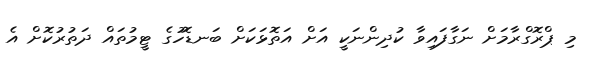
މި ޕްރޮގްރާމަށް ނަގާފައިވާ ކުދިންނަކީ އަށް އަތޮޅަކަށް ބަނޑޮހުގެ ޓީމުތައް ދަތުރުކޮށް އެ